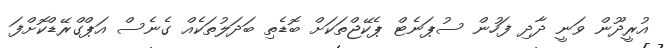
އުރީދޫން ވަނީ ދާދި ފަހުން ސުޕަނެޓް ޕެކޭޖްތަކަށް ބޮޑެތި ބަދަލުތަކެއް ގެނެސް އަޕްގްރޭޑްކޮށްފަ